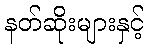
နတ်ဆိုးများနှင့်